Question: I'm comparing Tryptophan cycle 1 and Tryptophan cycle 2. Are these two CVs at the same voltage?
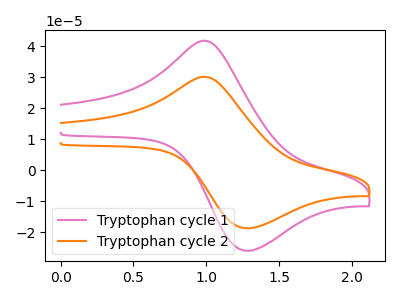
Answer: <think>The pink curve "Tryptophan cycle 1" has an anodic peak at (1.00V, 41.55uA) and a cathodic peak at (1.25V, -26.05uA). The orange curve "Tryptophan cycle 2" has an anodic peak at (1.00V, 29.95uA) and a cathodic peak at (1.25V, -18.80uA).
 All the peaks in "Tryptophan cycle 1" have a peak in "Tryptophan cycle 2" at the same potential. Every peak in "Tryptophan cycle 1" is higher than every peak in "Tryptophan cycle 2".</think>
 <answer>"Tryptophan cycle 1" and "Tryptophan cycle 2" are similar in shape.</answer>
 <eval>same_shape</eval>